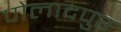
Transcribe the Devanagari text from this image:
पोलादपुर